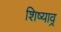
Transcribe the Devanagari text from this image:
शिष्याव्र